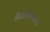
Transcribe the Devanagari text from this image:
नैपोलियनिक